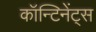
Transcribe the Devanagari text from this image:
कॉन्टिनेंट्स